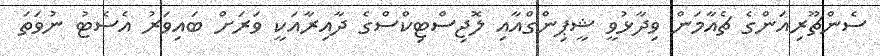
ސެންޗޫރިއަންގެ ޗެއާމަން ވިދާޅުވީ ޝީޕިންގްއާއި ލޮޖިސްޓިކްސްގެ ދާއިރާއަކީ ވަރަށް ބައިވަރު އެސެޓު ނުވަތަ